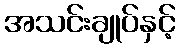
အသင်းချုပ်နှင့်